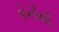
કોનીશી